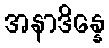
အနာဒိန္နေ